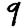
Digit: 9